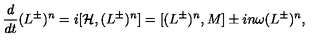
{ \frac { d } { d t } } { ( L ^ { \pm } ) ^ { n } } = i [ { \cal H } , ( L ^ { \pm } ) ^ { n } ] = [ ( L ^ { \pm } ) ^ { n } , { M } ] \pm i n \omega ( L ^ { \pm } ) ^ { n } ,